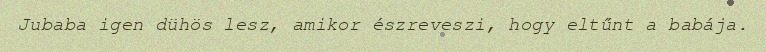
Jubaba igen dühös lesz, amikor észreveszi, hogy eltűnt a babája.